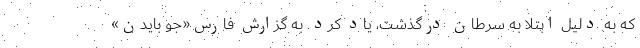
که به دلیل ابتلا به سرطان درگذشت، یاد کرد. به گزارش فارس«جو بایدن»